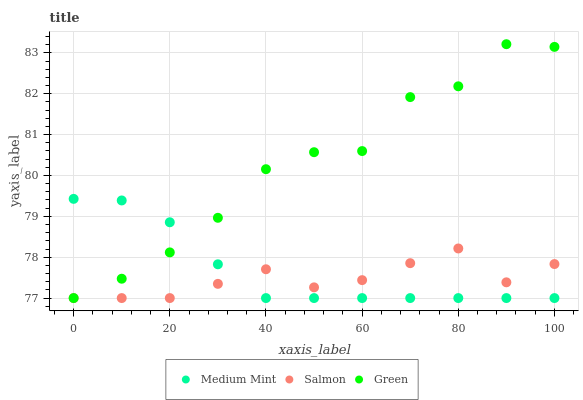
| xaxis_label | Medium Mint | Salmon | Green |
 | --- | --- | --- | --- |
 | 0 | 79.4 | 77 | 77 |
 | 10 | 79.4 | 77 | 77.5 |
 | 20 | 78.9 | 77 | 78.1 |
 | 30 | 77.8 | 77.3 | 79 |
 | 40 | 77 | 77.7 | 80.2 |
 | 50 | 77 | 77.3 | 80.6 |
 | 60 | 77 | 77.4 | 80.6 |
 | 70 | 77 | 77.9 | 81.9 |
 | 80 | 77 | 78.2 | 82.2 |
 | 90 | 77 | 77.4 | 83.2 |
 | 100 | 77 | 77.8 | 83.1 |